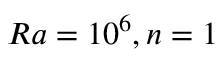
R a = 1 0 ^ { 6 } , n = 1